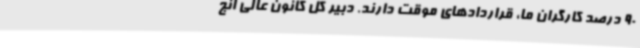
90 درصد کارگران ما، قراردادهای موقت دارند. دبیر کل کانون عالی انج